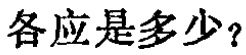
各应是多少？